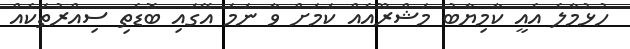
ހުޅުމާލެ އެއީ ކާމިޔާބު މަޝްރޫއެއް ކަމަށް ވާ ނަމަ އޭގައި ބޮޑެތި ސިއްރުތަކެއް